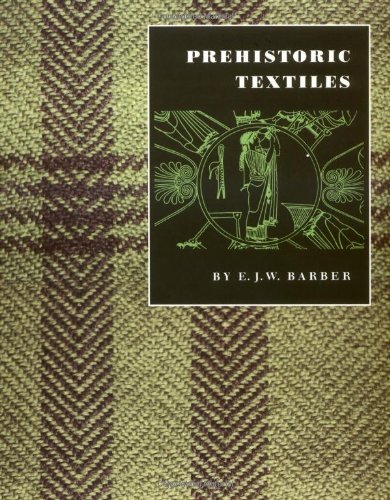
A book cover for Prehistoric Textiles: The Development of Cloth in the Neolithic and Bronze Ages with Special Reference to the Aegean; E.J.W. Barber; Crafts, Hobbies & Home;